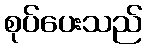
စုပ်ပေးသည်